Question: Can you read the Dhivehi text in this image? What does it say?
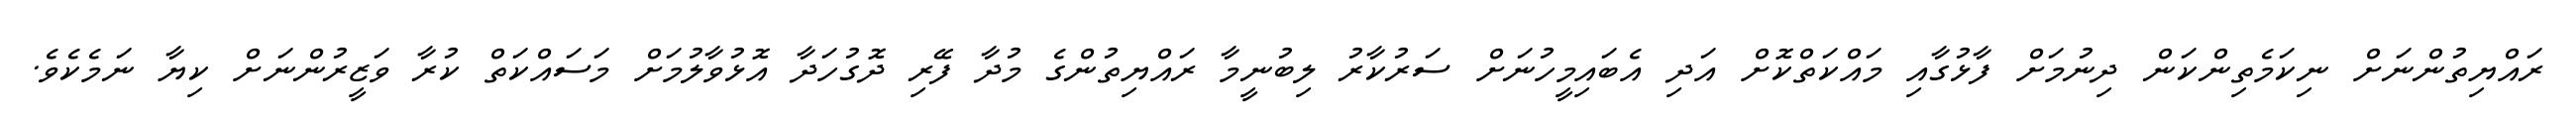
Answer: ރައްޔިތުންނަށް ނިކަމެތިންކަން ދިނުމަށް ފާޅުގާއި މައްކަތްކޮށް އަދި އެބައިމީހުނަށް ސަރުކާރު ލިބުނީމާ ރައްޔިތުންގެ މުދާ ފޭރި ދޮގުހަދާ އޮޅުވާލުމަށް މަސައްކަތް ކުރާ ވަޒީރުންނަށް ކިޔާ ނަމެކެވެ.